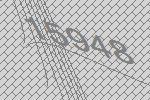
15948